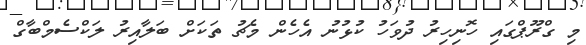
މި ގްރޫޕްގައި ހޮނިހިރު ދުވަހު ކުޅުނު އެހެން މެޗު ތަކަށް ބަލާއިރު ލަކްސެމްބާގް